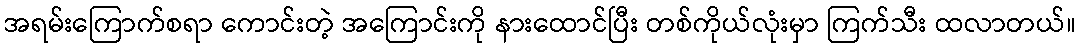
အရမ်းကြောက်စရာ ကောင်းတဲ့ အကြောင်းကို နားထောင်ပြီး တစ်ကိုယ်လုံးမှာ ကြက်သီး ထလာတယ်။